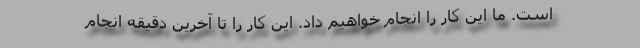
است. ما این کار را انجام خواهیم داد. این کار را تا آخرین دقیقه انجام